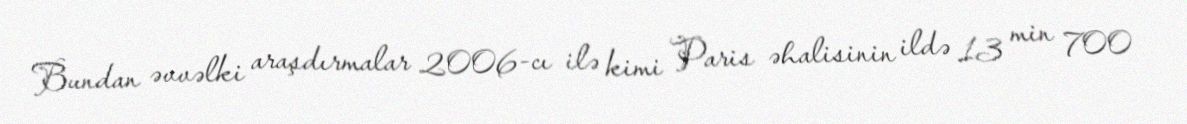
Bundan əvvəlki araşdırmalar 2006-cı ilə kimi Paris əhalisinin ildə 13 min 700